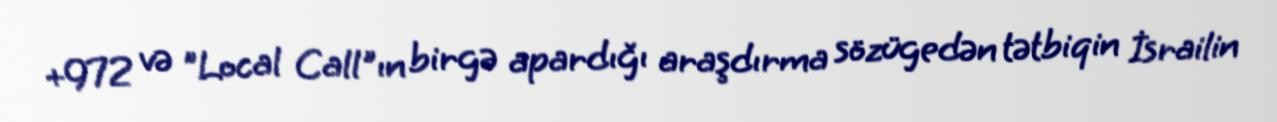
+972 və "Local Call"ın birgə apardığı araşdırma sözügedən tətbiqin İsrailin